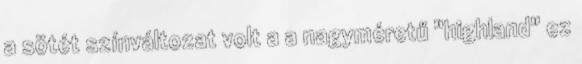
a sötét színváltozat volt a a nagyméretű "highland" ez